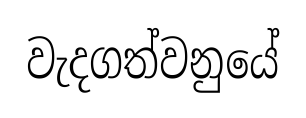
වැදගත්වනුයේ